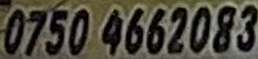
0750 4662083